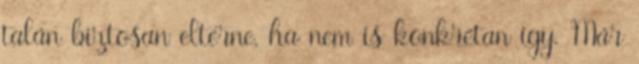
talán biztosan eltérne, ha nem is konkrétan így. Már